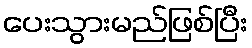
ပေးသွားမည်ဖြစ်ပြီး